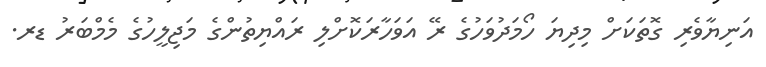
އަނިޔާވެރި ގޮތަކަށް މިދިޔަ ހޯމަދުވަހުގެ ރޭ އަވަހާރަކޮށްލި ރައްޔިތުންގެ މަޖިލީހުގެ މެމްބަރު ޑރ.